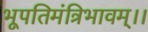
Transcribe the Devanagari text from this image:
भूपतिमंत्रिभावम्।।